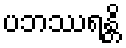
ပဘဿရန္တိ